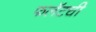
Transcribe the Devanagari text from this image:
फलॅटची